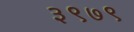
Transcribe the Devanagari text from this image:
३९७९